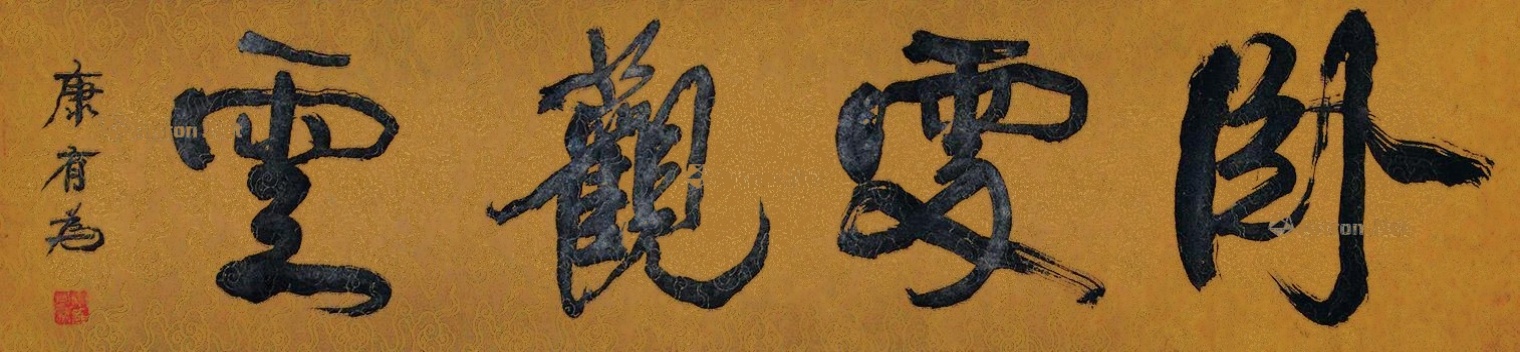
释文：卧处观云康有为